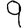
Digit: 9